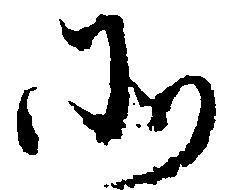
そ